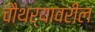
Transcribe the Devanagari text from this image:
चौथर्यावरील